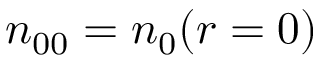
n _ { 0 0 } = n _ { 0 } ( r = 0 )